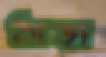
ঠাড়া